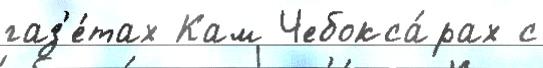
газ'е́тах Кам Чебокса́рах с